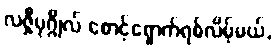
လဇ္ဇီပုဂ္ဂိုလ် စောင့်ရှောက်ရစ်လိမ့်မယ်,